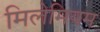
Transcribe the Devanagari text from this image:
मिलेमियम